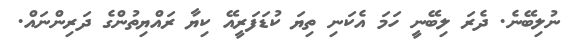
ނުލިބޭނެ. ދެރަ ލިބޭނީ ހަމަ އެކަނި ތިޔަ ކުޑަފަރީއޭ ކިޔާ ރައްޔިތުންގެ ދަރިންނައް.